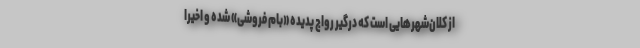
از کلان‌شهر‌هایی است که درگیر رواج پدیده «بام فروشی» شده و اخیرا